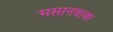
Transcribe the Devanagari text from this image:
मसानबाबा